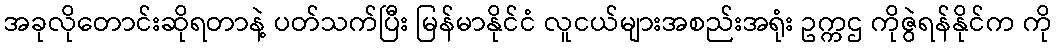
အခုလိုတောင်းဆိုရတာနဲ့ ပတ်သက်ပြီး မြန်မာနိုင်ငံ လူငယ်များအစည်းအရုံး ဥက္ကဌ ကိုဇွဲရန်နိုင်က ကို